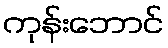
ကုန်းဘောင်